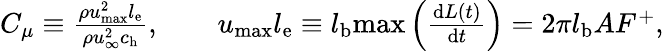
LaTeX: \begin{array}{r}{C_{\mu}\equiv\frac{\rho u_{\mathrm{max}}^{2}l_{\mathrm{e}}}{\rho u_{\infty}^{2}c_{\mathrm{h}}},\qquad u_{\mathrm{max}}l_{\mathrm{e}}\equiv l_{\mathrm{b}}\mathrm{max}\left(\frac{\mathrm{d}L(t)}{\mathrm{d}t}\right)=2\pi l_{\mathrm{b}}AF^{+},}\end{array}